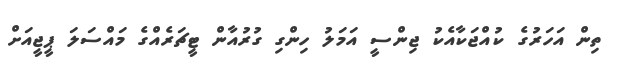
ތިން އަހަރުގެ ކުއްޖަކާއެކު ޖިންސީ އަމަލު ހިންގި ގުރުއާން ޓީޗަރެއްގެ މައްސަލަ ޕީޖީއަށް